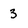
Character: 3